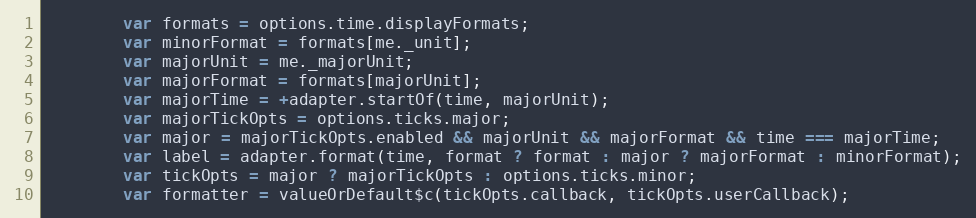
Language: JavaScript
		var formats = options.time.displayFormats;
		var minorFormat = formats[me._unit];
		var majorUnit = me._majorUnit;
		var majorFormat = formats[majorUnit];
		var majorTime = +adapter.startOf(time, majorUnit);
		var majorTickOpts = options.ticks.major;
		var major = majorTickOpts.enabled && majorUnit && majorFormat && time === majorTime;
		var label = adapter.format(time, format ? format : major ? majorFormat : minorFormat);
		var tickOpts = major ? majorTickOpts : options.ticks.minor;
		var formatter = valueOrDefault$c(tickOpts.callback, tickOpts.userCallback);